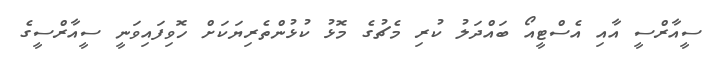
ސީއާރްސީ އާއި އެސްޓީއޯ ބައްދަލު ކުރި މެޗުގެ މޮޅު ކުޅުންތެރިޔަކަށް ހޮވިފައިވަނީ ސީއާރްސީގެ